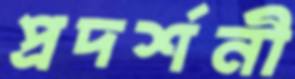
প্রদর্শনী